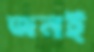
জনই